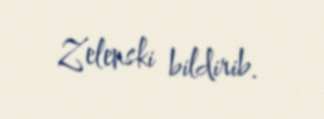
Zelenski bildirib.